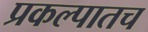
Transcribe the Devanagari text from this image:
प्रकल्पातच